Annual administration and progress report of the Indian Medical Department, Bombay
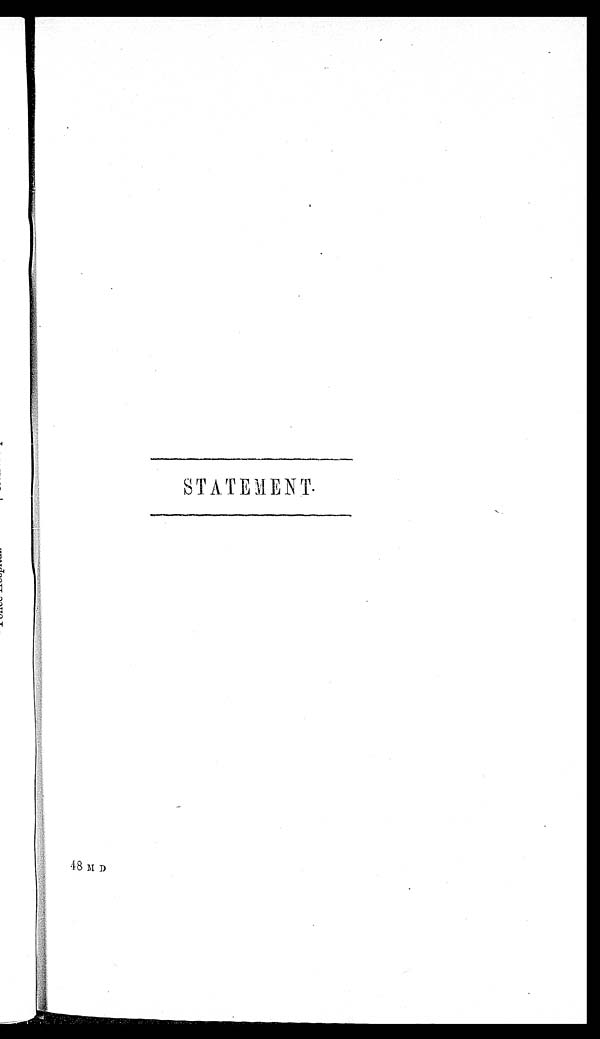
STATEMENT.
18 M D